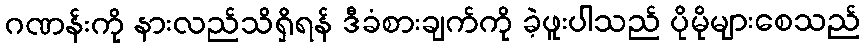
ဂဏန်းကို နားလည်သိရှိရန် ဒီခံစားချက်ကို ခဲ့ဖူးပါသည် ပိုမိုများစေသည်